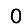
Digit: 0